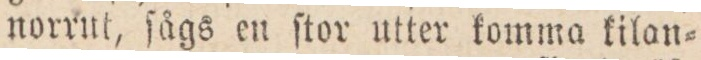
norrut, ſågs en ſtor utter komma kilan=